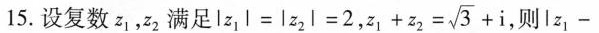
15.设复数z_{1}，z_{2}满足$$l z _ { 1 } l = | z _ { 2 } l = 2$$， $$z _ { 1 } + z _ { 2 } = \sqrt { 3 } + i$$ ，则$$l z _ { 1 } -